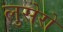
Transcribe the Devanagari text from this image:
लुसेरो